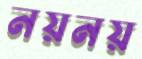
নয়নয়